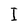
Character: I